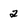
Character: 2